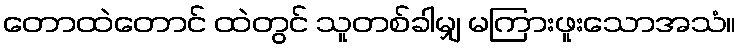
တောထဲတောင် ထဲတွင် သူတစ်ခါမျှ မကြားဖူးသောအသံ။